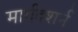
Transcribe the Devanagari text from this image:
मार्गदशर्न